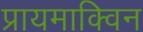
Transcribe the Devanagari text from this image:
प्रायमाक्विन